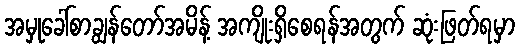
အမှုခေါ်စာချွန်တော်အမိန့် အကျိုးရှိစေရန်အတွက် ဆုံးဖြတ်ရမှာ